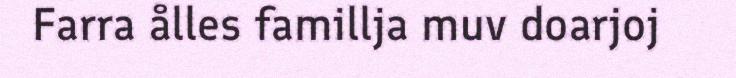
Farra ålles famillja muv doarjoj